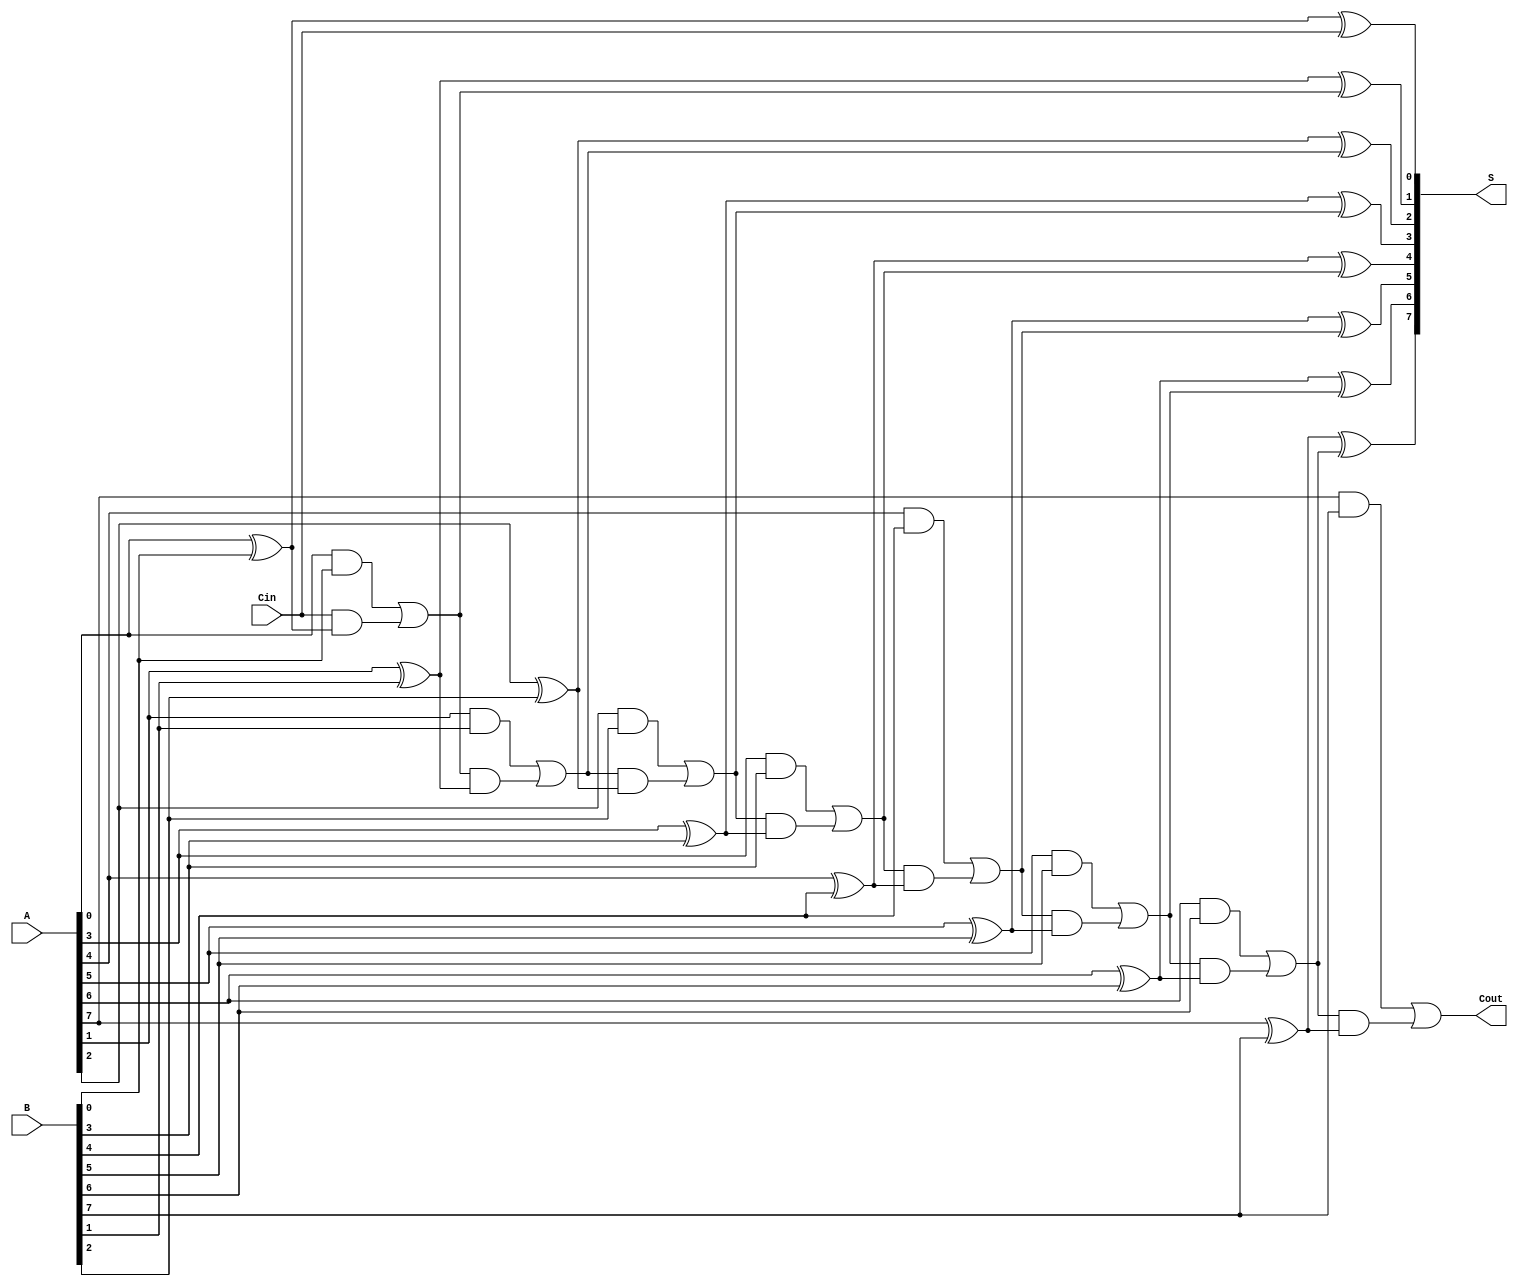
module ManchesterCarryChainAdder #(parameter WIDTH = 8) (
    input  wire [WIDTH-1:0] A,       // First operand
    input  wire [WIDTH-1:0] B,       // Second operand
    input  wire       Cin,            // Carry input
    output wire [WIDTH-1:0] S,        // Sum output
    output wire       Cout            // Carry output
);

    wire [WIDTH-1:0] C;              // Carry outputs

    // Generate carry outputs (C)
    genvar i;
    generate
        for (i = 0; i < WIDTH; i = i + 1) begin : carry_generation
            if (i == 0) begin
                assign C[i] = (A[i] & B[i]) | (Cin & (A[i] ^ B[i]));
            end else begin
                assign C[i] = (A[i] & B[i]) | (C[i-1] & (A[i] ^ B[i]));
            end
        end
    endgenerate

    // Compute sum outputs (S)
    generate
        for (i = 0; i < WIDTH; i = i + 1) begin : sum_computation
            if (i == 0) begin
                assign S[i] = A[i] ^ B[i] ^ Cin;
            end else begin
                assign S[i] = A[i] ^ B[i] ^ C[i-1];
            end
        end
    endgenerate

    // Final carry out
    assign Cout = C[WIDTH-1];

endmodule